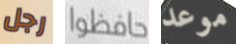
رجل حافظوا موعد